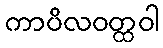
ကာပိလဝတ္ထဝါ